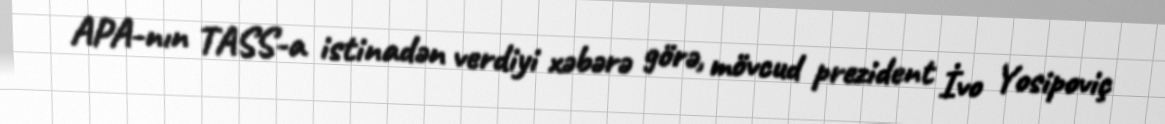
APA-nın TASS-a istinadən verdiyi xəbərə görə, mövcud prezident İvo Yosipoviç